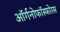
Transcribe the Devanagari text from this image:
ऑर्गनोफॉस्फोरस